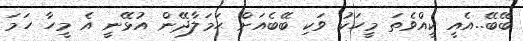
ބޭބޭ..އެއީ ކީއްވެތަ މީހަކު ވަކި ބޭބެއަށް ޙަމަލާދޭން އުޅޭނީ އެ މީހާ ހަމަ